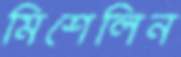
মিশেলিন